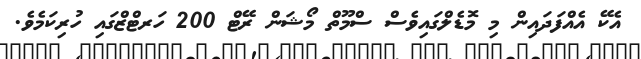
އެކޭ އެއްފަދައިން މި މޮޑެލްގައިވެސް ސްމޫތް މޯޝަން ރޭޓް 200 ހަރޓްޒްގައި ހުރިކަމެވެ.